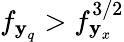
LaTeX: f_{\textbf{y}_{q}}>f_{\textbf{y}_{x}}^{3/2}